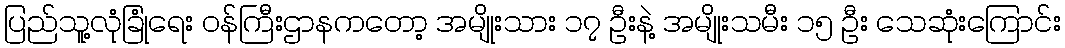
ပြည်သူ့လုံခြုံရေး ဝန်ကြီးဌာနကတော့ အမျိုးသား ၁၇ ဦးနဲ့ အမျိုးသမီး ၁၅ ဦး သေဆုံးကြောင်း